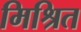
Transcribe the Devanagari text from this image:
मिश्रित